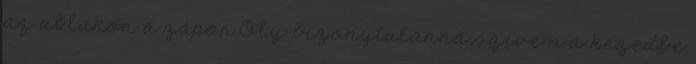
az ablakon a zápor Oly bizonytalanná szívem a kezedbe